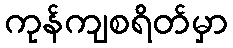
ကုန်ကျစရိတ်မှာ